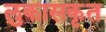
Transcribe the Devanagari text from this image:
लुकासकृत